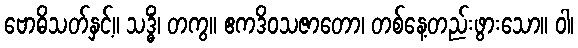
ဗောဓိသတ်နှင့်။ သဒ္ဓိံ၊ တကွ။ ဧကဒိဝသဇာတော၊ တစ်နေ့တည်းဖွားသော။ ဝါ၊